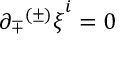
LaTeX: \partial _ { \mp } { ^ { ( \pm ) } \xi } ^ { i } = 0